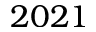
2 0 2 1